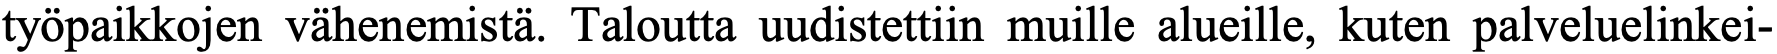
työpaikkojen vähenemistä. Taloutta uudistettiin muille alueille, kuten palveluelinkei-